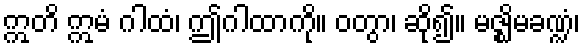
ဣတိ ဣမံ ဂါထံ၊ ဤဂါထာကို။ ဝတွာ၊ ဆို၍။ မဇ္ဈိမခဏ္ဍံ၊